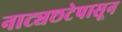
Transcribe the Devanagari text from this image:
नाट्यछटेपासून